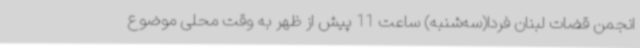
انجمن قضات لبنان فردا(سه‌شنبه) ساعت 11 پیش از ظهر به وقت محلی موضوع